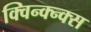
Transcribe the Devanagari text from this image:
क्विन्क्न्क्स